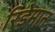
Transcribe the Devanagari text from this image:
रिडेमान